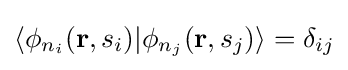
\langle \phi _{n_{i}}(\mathbf {r} ,s_{i})|\phi _{n_{j}}(\mathbf {r} ,s_{j})\rangle =\delta _{ij}